Vaccination in Bombay 1869-1873 - 1869-1873
Year: 1869
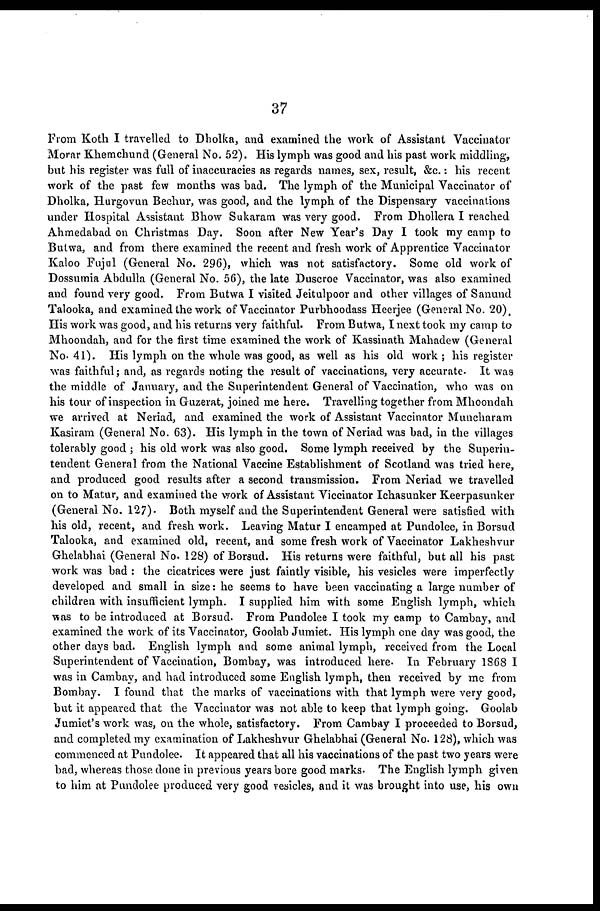
37
From Koth I travelled to Dholka, and examined the work of Assistant Vaccinator
Morar Khemchund (General No. 52). His lymph was good and his past work middling,
but his register was full of inaccuracies as regards names, sex, result, &c.: his recent
work of the past few months was bad. The lymph of the Municipal Vaccinator of
Dholka, Hurgovun Bechur, was good, and the lymph of the Dispensary vaccinations
under Hospital Assistant Bhow Sukaram was very good. From Dhollera I reached
Ahmedabad on Christmas Day. Soon after New Year's Day I took my camp to
Butwa, and from there examined the recent and fresh work of Apprentice Vaccinator
Kaloo Fujul (General No. 296), which was not satisfactory. Some old work of
Dossumia Abdulla (General No. 56), the late Duscroe Vaccinator, was also examined
and found very good. From Butwa I visited Jeitulpoor and other villages of Sanund
Talooka, and examined the work of Vaccinator Purbhoodass Heerjee (General No. 20).
His work was good, and his returns very faithful. From Butwa, I next took my camp to
Mhoondah, and for the first time examined the work of Kassinath Mahadew (General
No. 41). His lymph on the whole was good, as well as his old work ; his register
was faithful; and, as regards noting the result of vaccinations, very accurate. It was
the middle of January, and the Superintendent General of Vaccination, who was on
his tour of inspection in Guzerat, joined me here. Travelling together from Mhoondah
we arrived at Neriad, and examined the work of Assistant Vaccinator Muncharam
Kasiram (General No. 63). His lymph in the town of Neriad was bad, in the villages
tolerably good ; his old work was also good. Some lymph received by the Superin-
tendent General from the National Vaccine Establishment of Scotland was tried here,
and produced good results after a second transmission. From Neriad we travelled
on to Matur, and examined the work of Assistant Viccinator Ichasunker Keerpasunker
(General No. 127). Both myself and the Superintendent General were satisfied with
his old, recent, and fresh work. Leaving Matur I encamped at Pundolee, in Borsud
Talooka, and examined old, recent, and some fresh work of Vaccinator Lakheshvur
Ghelabhai (General No. 128) of Borsud. His returns were faithful, but all his past
work was bad : the cicatrices were just faintly visible, his vesicles were imperfectly
developed and small in size: he seems to have been vaccinating a large number of
children with insufficient lymph. I supplied him with some English lymph, which
was to be introduced at Borsud. From Pundolee I took my camp to Cambay, and
examined the work of its Vaccinator, Goolab Jumiet. His lymph one day was good, the
other days bad. English lymph and some animal lymph, received from the Local
Superintendent of Vaccination, Bombay, was introduced here. In February 1868 I
was in Cambay, and had introduced some English lymph, then received by me from
Bombay. I found that the marks of vaccinations with that lymph were very good,
but it appeared that the Vaccinator was not able to keep that lymph going. Goolab
Jumiet's work was, on the whole, satisfactory. From Cambay I proceeded to Borsud,
and completed my examination of Lakheshvur Ghelabhai (General No. 128), which was
commenced at Pundolee. It appeared that all his vaccinations of the past two years were
bad, whereas those done in previous years bore good marks. The English lymph given
to him at Pundolee produced very good vesicles, and it was brought into use, his own